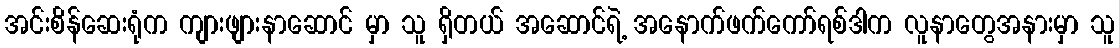
အင်းစိန်ဆေးရုံက ကျားဖျားနာဆောင် မှာ သူ ရှိတယ် အဆောင်ရဲ့ အနောက်ဖက်ကော်ရစ်ဒါက လူနာတွေအနားမှာ သူ